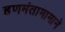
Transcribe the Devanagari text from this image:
हणमंतामामाने